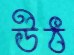
উঠ